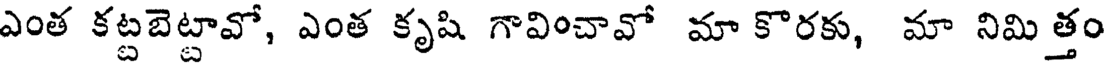
ఎంత కట్టబెట్టావో, ఎంత కృషి గావించావో మా కొరకు, మా నిమి త్తం